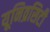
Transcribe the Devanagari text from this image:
यूनिव्रसिटी